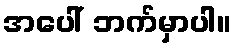
အပေါ် ဘက်မှာပါ။